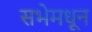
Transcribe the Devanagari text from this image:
सभेमधून